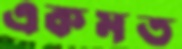
একমত